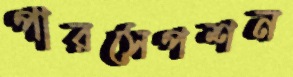
পারসেপশন